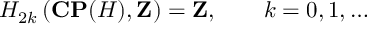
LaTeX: H _ { 2 k } \left( { \bf C P } ( { \cal H } ) , { \bf Z } \right) = { \bf Z } , \qquad k = 0 , 1 , \ldots